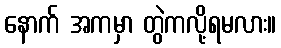
နောက် အကမှာ တွဲကလို့ရမလား။